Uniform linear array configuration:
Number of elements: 8
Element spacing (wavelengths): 0.75
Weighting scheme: cosine
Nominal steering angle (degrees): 45
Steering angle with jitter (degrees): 45.397
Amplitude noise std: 0.05
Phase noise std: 0.05

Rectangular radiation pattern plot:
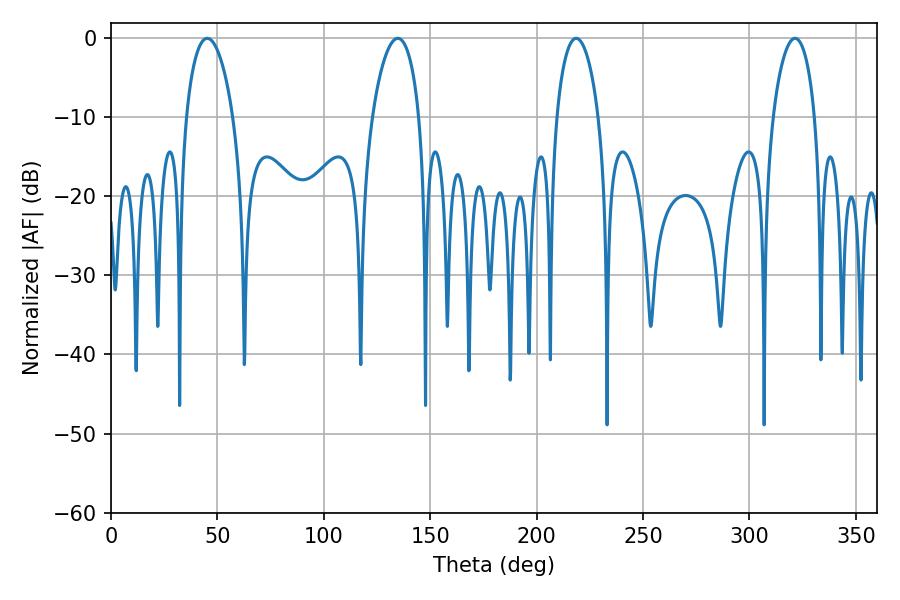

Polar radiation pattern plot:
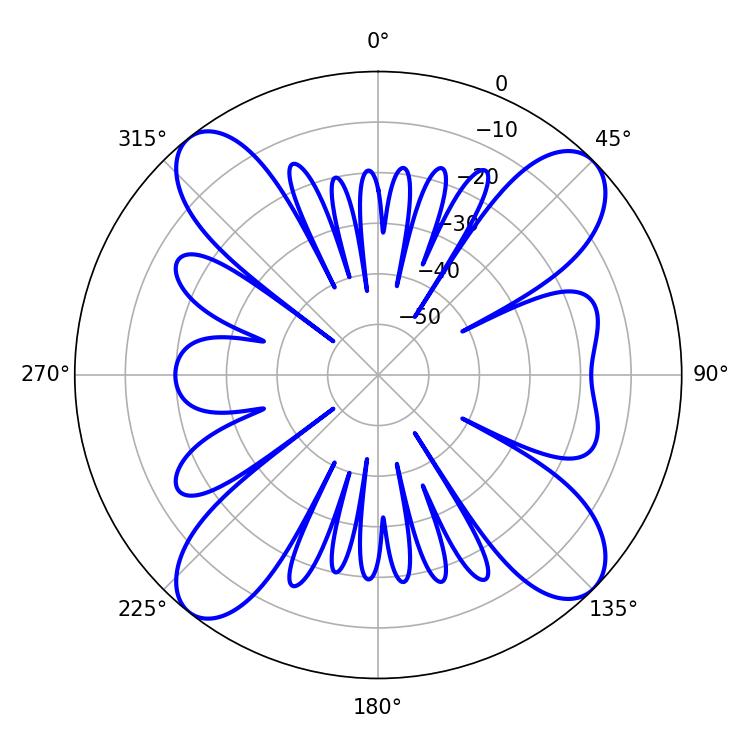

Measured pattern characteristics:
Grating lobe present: TRUE
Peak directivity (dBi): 14.095
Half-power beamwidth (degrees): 12.6
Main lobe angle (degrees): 45.18